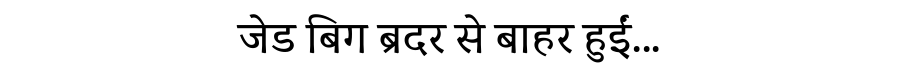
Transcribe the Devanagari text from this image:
जेड बिग ब्रदर से बाहर हुईं...